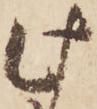
此